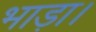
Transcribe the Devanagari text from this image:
भाड़ा।